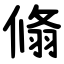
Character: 翛